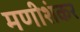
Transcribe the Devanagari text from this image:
मणीशंकर